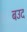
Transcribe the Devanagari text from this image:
बउद